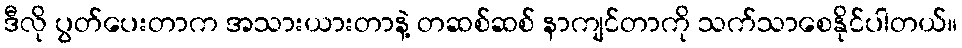
ဒီလို ပွတ်ပေးတာက အသားယားတာနဲ့ တဆစ်ဆစ် နာကျင်တာကို သက်သာစေနိုင်ပါတယ်။